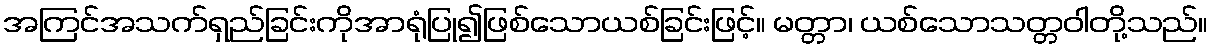
အကြင်အသက်ရှည်ခြင်းကိုအာရုံပြု၍ဖြစ်သောယစ်ခြင်းဖြင့်။ မတ္တာ၊ ယစ်သောသတ္တဝါတို့သည်။